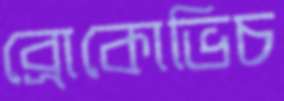
ব্রোকোভিচ